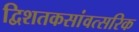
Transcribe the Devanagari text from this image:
द्विशतकसांवत्सरिक